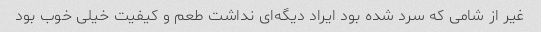
غیر از شامی که سرد شده بود ایراد دیگه‌ای نداشت طعم و کیفیت خیلی خوب بود